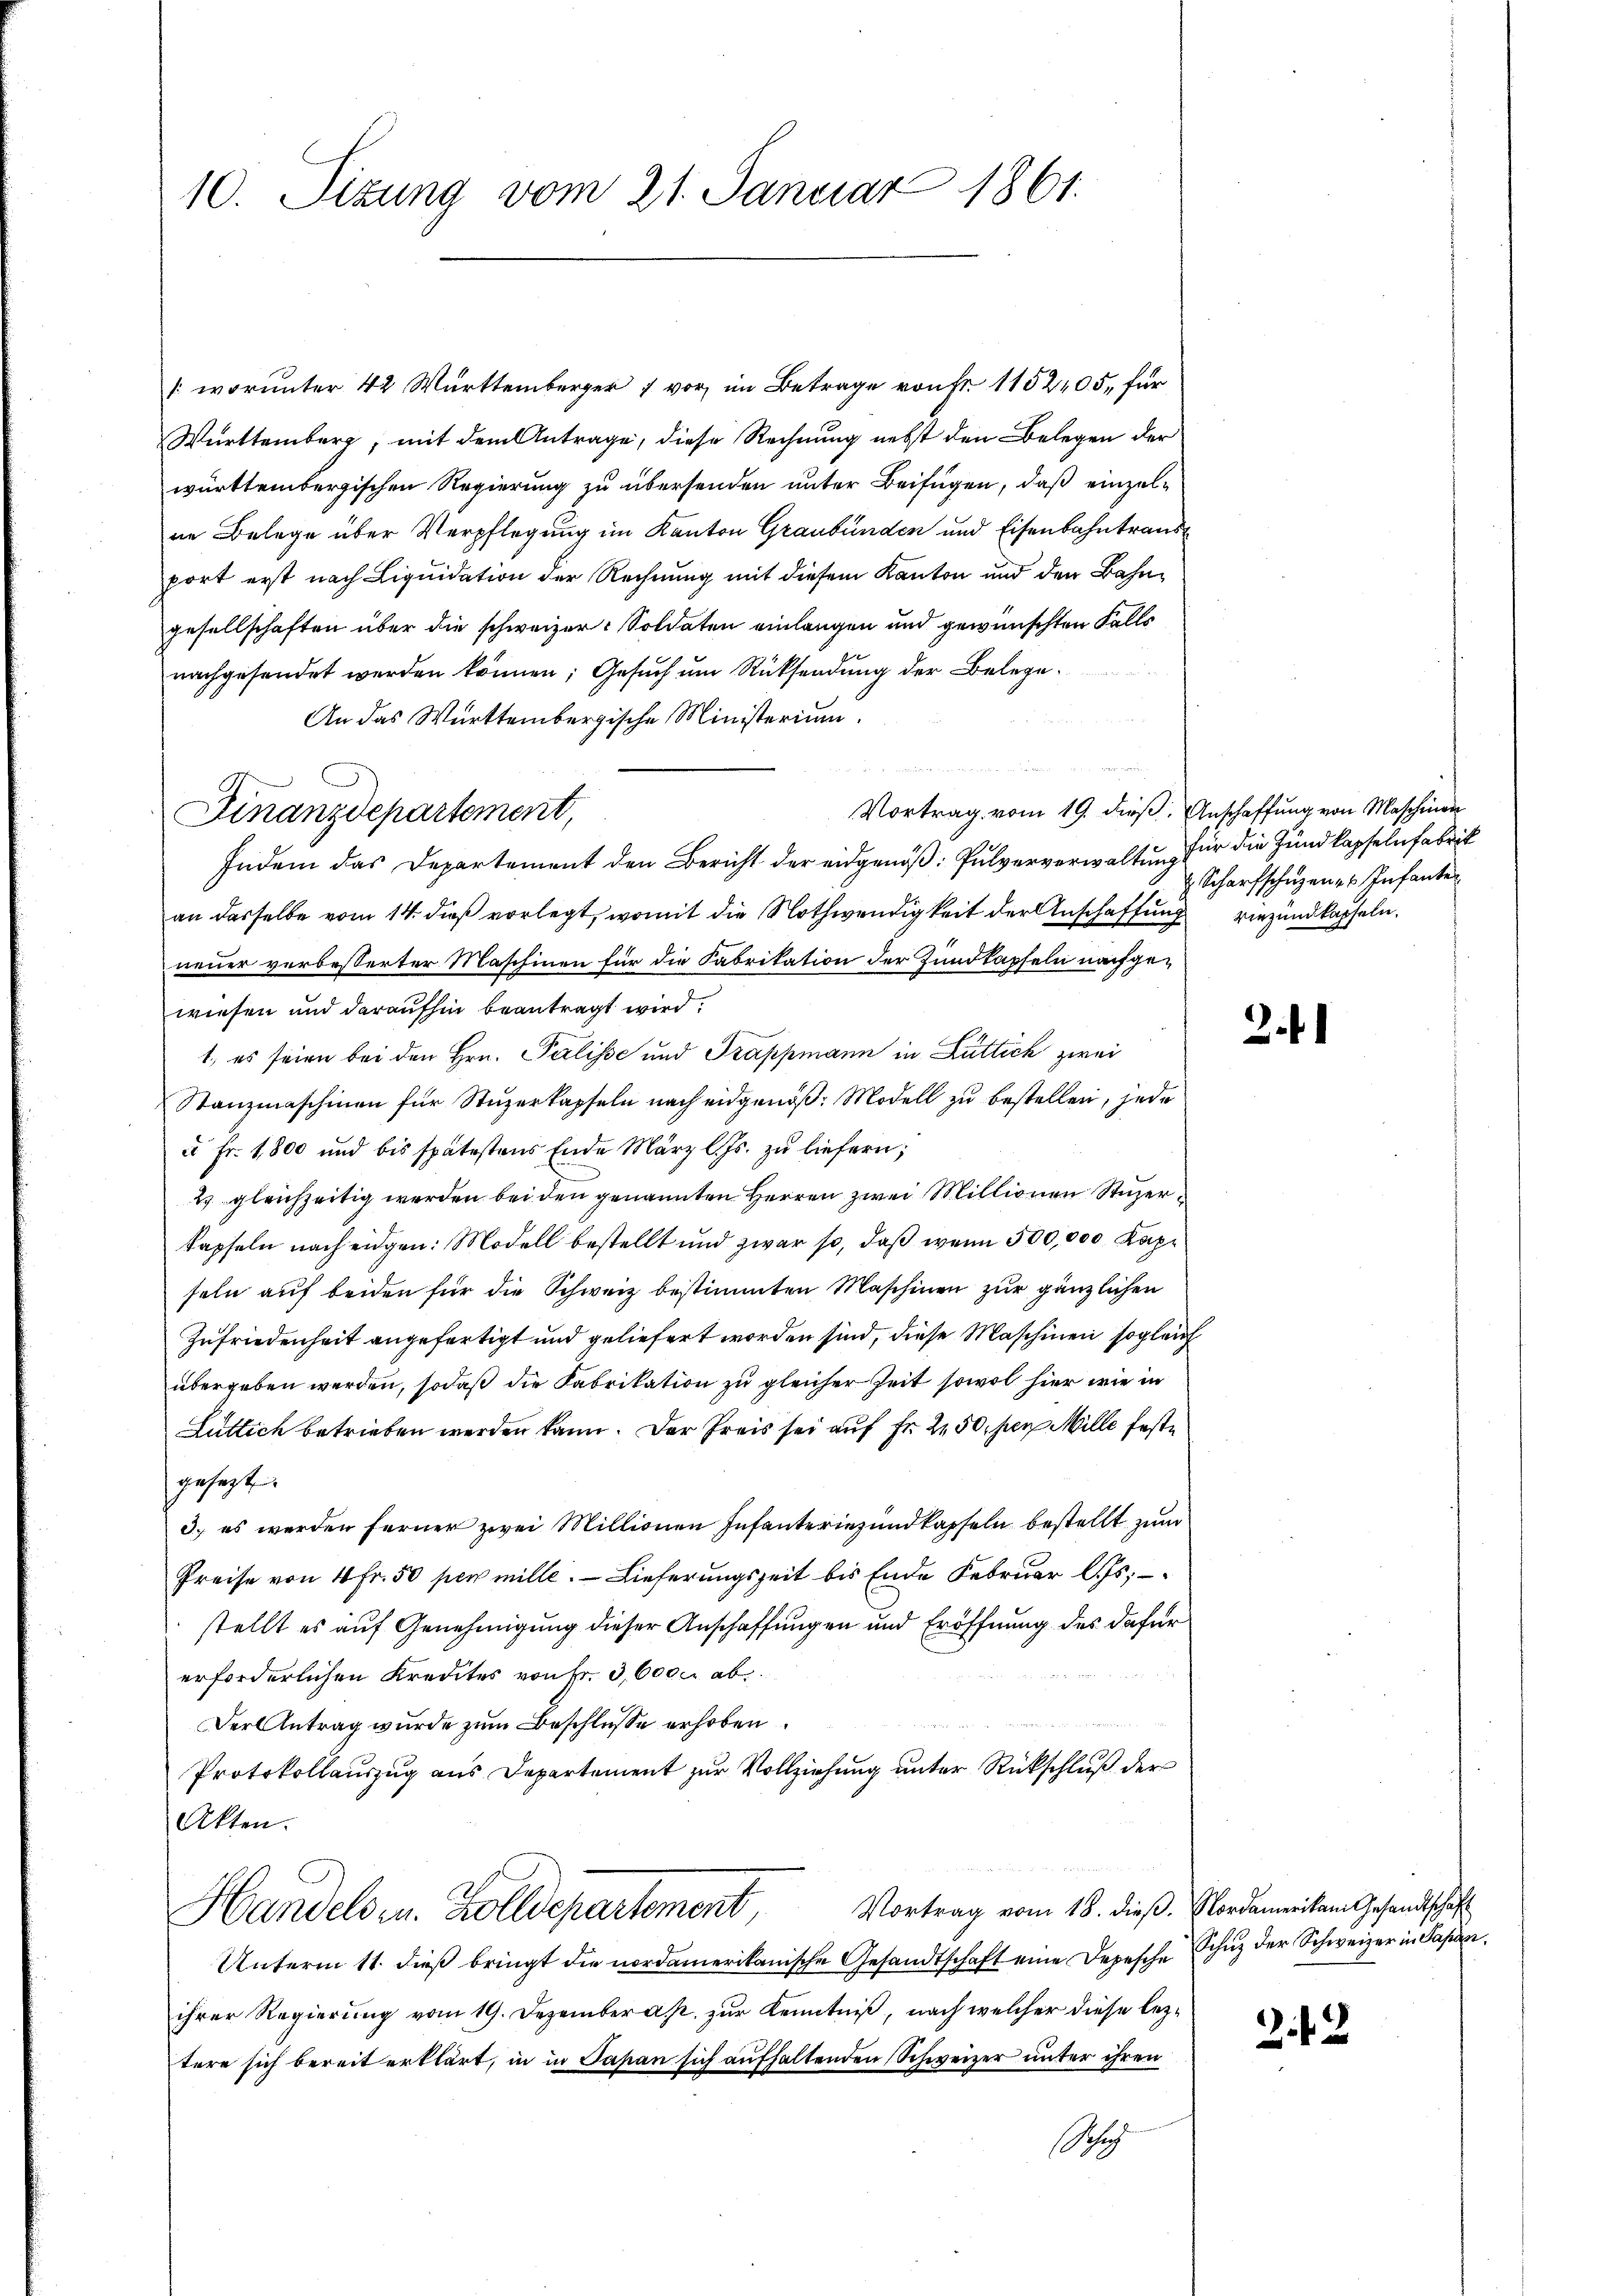
10. Sizung vom 21. Januar 1861.

(worunter 42 Württemberger 7 vor, im Betrage von Fr. 1152405, für
Württemberg, mit dem Antrage, diese Rechnung nebst den Belegen der
württembergischen Regierung zu übersenden unter Beifügen, daß einzelne Belege über Verpflegung im Kanton Graubünden und Eisenbahntraus
port erst nach Liquidation der Rechnung mit diesem Kanton und den Bahngesellschaften über die schweizer-Soldaten einlangen und gewünschten Falls
nachgesendet werden können; Gesuch um Rücksendung der Belege¬
An das Württembergische Ministerium.
n

Indem das Departement den Bericht der eidgenöß: Pulververwaltung für die Hundkapselnfabrik
an dasselbe vom 14. dieß vorlegt, womit die Nothwendigkeit der Anschaffung vierzundkapseln.
neuer verbesserter Maschinen für die Fabrikation der Zundkapfeln nachgewiesen und daraufhin beantragt wird.
1., es seien bei den Hrn. Palisse und Trappmann in Luttich zwei
Stanzmaschinen für Stuzerkapseln nach eidgenöß: Modell zu bestellen, jede
a Fr. 1,800 und bis spätestens Ende März l. Js. zŭ liefern;
2 gleichzeitig werden bei den genannten Herren zwei Millionen Stuzerkapfeln nach eidgen: Modell bestellt und zwar so, daß wenn 500,000 Kapseln auf beiden für die Schweiz bestimmten Maschinen zur gänzlichen
Zufriedenheit angefertigt und geliefert worden sind, diese Maschinen sogleich
übergeben werden, sodaß die Fabrikation zu gleicher Zeit sowol hier wie in
Luttich betrieben werden kann. Der Preis sei auf Fr. 250, per Mille feste
gesagt
3. es werden ferner zwei Millionen Infanteringundkapseln bestellt zum
Preise von 4 Fr. 50 per mille. Lieferungszeit bis Ende Februar l. Js.
stellt es auf Genehmigung dieser Anschaffungen und Eröffnung des dafür
erforderlichen Kredites von Fr. 3,6000 ab
Der Antrag wurde zum Beschlüsse erhoben.
Protokollauszug aus Departement zur Vollziehung unter Rückschluß der
Akten.
Vortrag vom 18. dieβ. Nordamerikan Gesandtschaft
Handels u. Zolldepartement
Unterm 11. dieß bringt die nordamerikanische Gesandtschaft eine Depesche Schuz der Schweizer in Fasan
ihrer Regierung vom 19. Dezemberas zur Kenntniß, nach welcher diese leztere sich bereit erklärt, in in Japan sich aufhaltenden Schweizer unter ihren
ug

Finanzdepartement,

Vortrag vom 19. dieß. Anschaffung von Maschinen
 Scharfschuzen es Infante

2.4

24